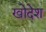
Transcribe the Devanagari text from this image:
खोदेश